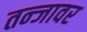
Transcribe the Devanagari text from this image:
तन्जावर